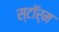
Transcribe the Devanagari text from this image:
स्टाॅर्म